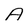
Character: A